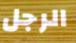
الرجل